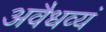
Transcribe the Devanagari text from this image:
अवैधव्यं